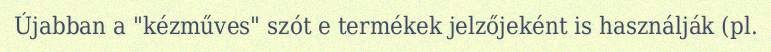
Újabban a "kézműves" szót e termékek jelzőjeként is használják (pl.